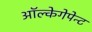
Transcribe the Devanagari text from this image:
ऑल्केगेपेन्ट